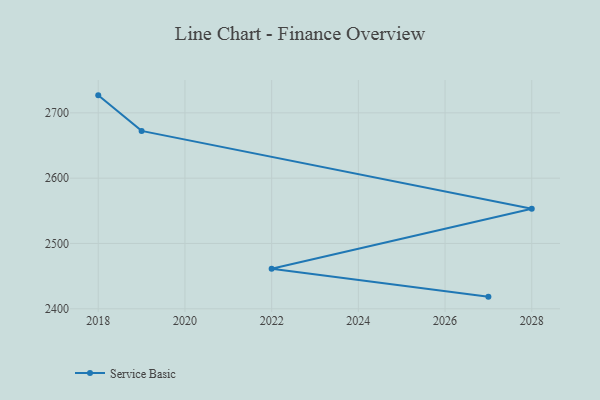
{"axis": {"x": "Year", "y": "Tickets Resolved"}, "legend": ["Service Basic"], "data": [{"x": "2027", "y": 2418.6, "type": "Service Basic"}, {"x": "2022", "y": 2461.4, "type": "Service Basic"}, {"x": "2028", "y": 2553.3, "type": "Service Basic"}, {"x": "2019", "y": 2672.4, "type": "Service Basic"}, {"x": "2018", "y": 2726.8, "type": "Service Basic"}]}